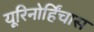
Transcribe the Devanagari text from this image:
यूरिनोर्हिंचास